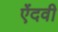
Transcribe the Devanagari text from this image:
ऐंदवी